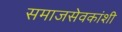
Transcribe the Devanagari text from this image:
समाजसेवकांशी